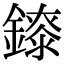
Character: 𨭁